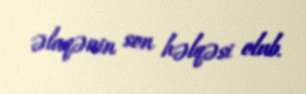
əlaqənin son həlqəsi olub.